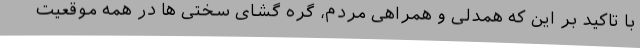
با تاکید بر این که همدلی و همراهی مردم، گره گشای سختی ها در همه موقعیت